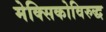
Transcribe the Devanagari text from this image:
मेक्सिकोविरुद्ध